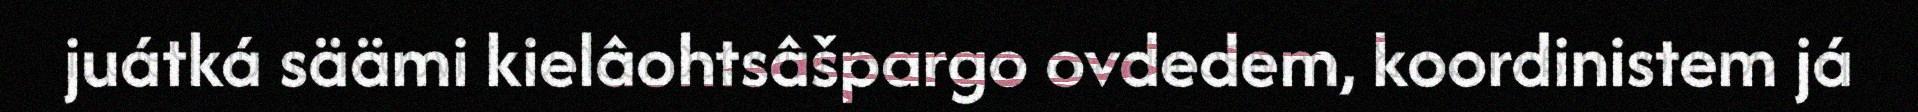
juátká säämi kielâohtsâšpargo ovdedem, koordinistem já